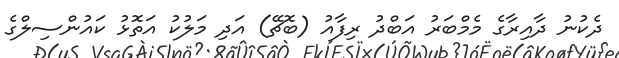
ދެކުނު ދާއިރާގެ މެމްބަރު އަބްދު ރިފާއު (ބޮޗޭ) އަދި މަލުކު އަތޮޅު ކައުންސިލްގެ